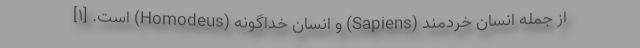
از جمله انسان خردمند (Sapiens) و انسان خداگونه (Homodeus) است. [۱]